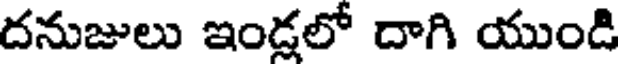
దనుజులు ఇండ్లలో దాగి యుండి